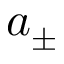
a _ { \pm }